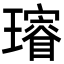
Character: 𤪓